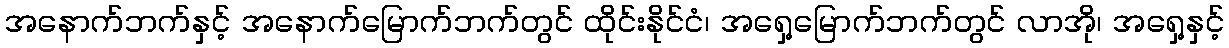
အနောက်ဘက်နှင့် အနောက်မြောက်ဘက်တွင် ထိုင်းနိုင်ငံ၊ အရှေ့မြောက်ဘက်တွင် လာအို၊ အရှေ့နှင့်